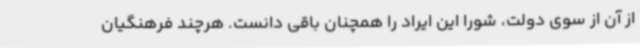
از آن از سوی دولت، شورا این ایراد را همچنان باقی دانست. هرچند فرهنگیان